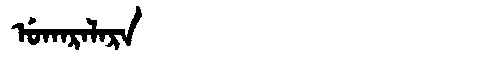
Manchu: ᡠᡴᠠᡵᠠᠯᠠᡵᠠ
Romanization: UKARALARA